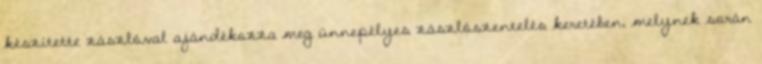
készítette zászlóval ajándékozza meg ünnepélyes zászlószentelés keretében, melynek során